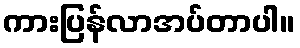
ကားပြန်လာအပ်တာပါ။